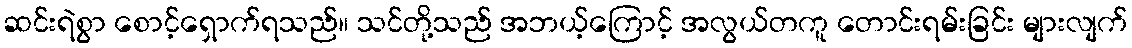
ဆင်းရဲစွာ စောင့်ရှောက်ရသည်။ သင်တို့သည် အဘယ့်ကြောင့် အလွယ်တကူ တောင်းရမ်းခြင်း များလျက်